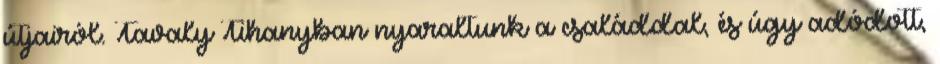
útjairól. Tavaly Tihanyban nyaraltunk a családdal, és úgy adódott,